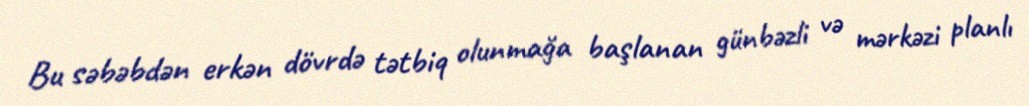
Bu səbəbdən erkən dövrdə tətbiq olunmağa başlanan günbəzli və mərkəzi planlı